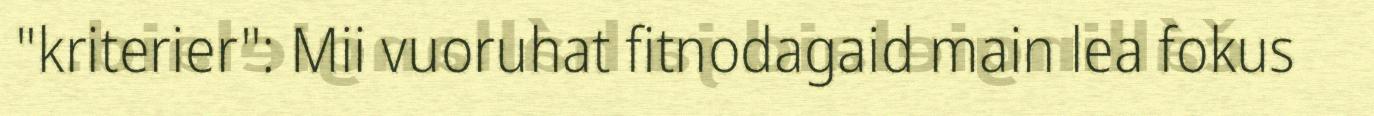
"kriterier": Mii vuoruhat fitnodagaid main lea fokus